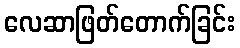
လေဆာဖြတ်တောက်ခြင်း